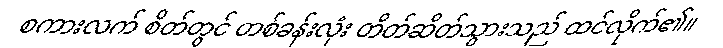
စကားလက် စိတ်တွင် တစ်ခန်းလုံး တိတ်ဆိတ်သွားသည် ထင်လိုက်၏။